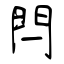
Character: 閂